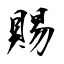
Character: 賜